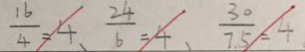
\frac { 1 6 } { 4 } = 4 、 \frac { 2 4 } { 6 } = 4 、 \frac { 3 0 } { 7 . 5 } = 4